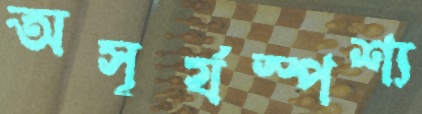
অসূর্যস্পশ্য